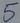
Text: 5